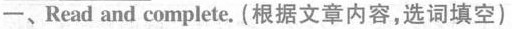
一、Read and complete. (根据文章内容,选词填空)